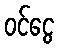
ဝင်ငွေ